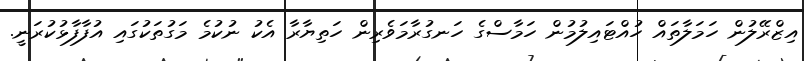
އިޒްރޭލުން ހަމަލާތައް ހުއްޓައިލުމުން ހަމާސްގެ ހަނގުރާމަވެރިން ހަތިޔާރާ އެކު ނުކުމެ މަގުތަކުގައި އުފާފާޅުކުރަނީ.